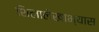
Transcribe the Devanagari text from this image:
शिलालेखाभ्यास